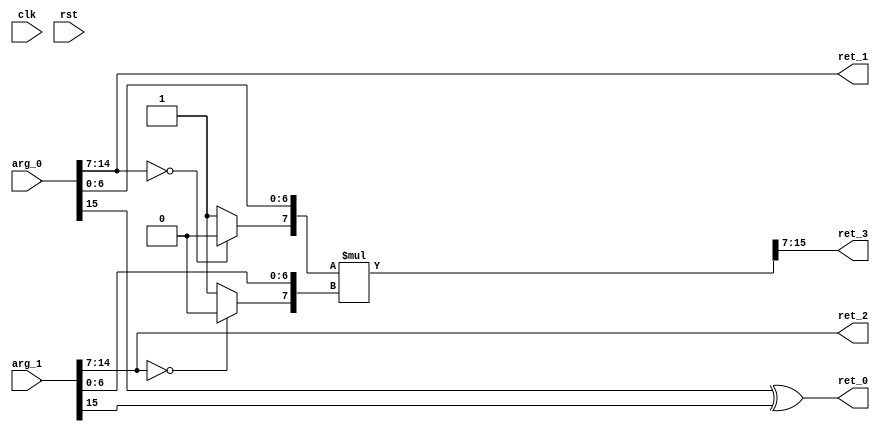
module FP16BMulS0Of2(
 input 	       clk,
 input 	       rst,
 input [15:0]  arg_0,
 input [15:0]  arg_1,
 output        ret_0,
 output [7:0]  ret_1,
 output [7:0]  ret_2,
 output [8:0] ret_3);

   wire        s0;
   wire        s1;
   wire [7:0]  e0;
   wire [7:0]  e1;
   wire [6:0]  f0;
   wire [6:0]  f1;
   wire [7:0] ff0;
   wire [7:0] ff1;
   wire [15:0] z;
   wire [8:0] zz;

   assign s0 = arg_0[15:15];
   assign s1 = arg_1[15:15];
   assign e0 = arg_0[14:7];
   assign e1 = arg_1[14:7];
   assign f0 = arg_0[6:0];
   assign f1 = arg_1[6:0];

   // sign
   assign ret_0 = s0 ^ s1;
   // exponent
   assign ret_1 = e0;
   assign ret_2 = e1;

   assign ff0 = {(e0 == 0 ? 1'b0 : 1'b1), f0};
   assign ff1 = {(e1 == 0 ? 1'b0 : 1'b1), f1};

   assign z = ff0 * ff1;
   assign zz = z[15:7];
   // fraction
   assign ret_3 = zz;

endmodule